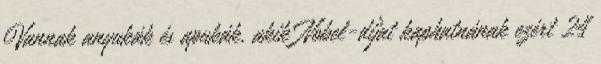
Vannak anyukák és apukák, akik Nobel-díjat kaphatnának ezért 24